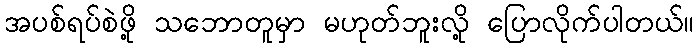
အပစ်ရပ်စဲဖို့ သဘောတူမှာ မဟုတ်ဘူးလို့ ပြောလိုက်ပါတယ်။